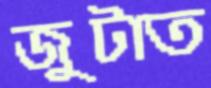
জুটাত